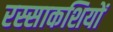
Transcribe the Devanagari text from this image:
रस्साकशियों